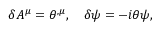
\delta A ^ { \mu } = \theta ^ { , \mu } , \quad \delta \psi = - i \theta \psi ,